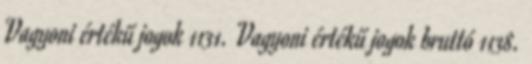
Vagyoni értékű jogok 1131. Vagyoni értékű jogok bruttó 1138.